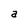
Character: a